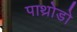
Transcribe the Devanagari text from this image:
पाथ्रोडो